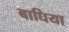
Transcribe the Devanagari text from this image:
बाघिया